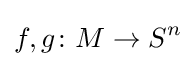
f,g\colon M\to S^{n}